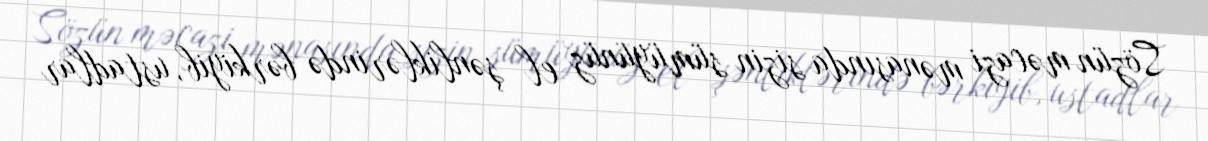
Sözün məcazi mənasında sizin sümüyünüz el şənliklərində bərkiyib, ustadlar